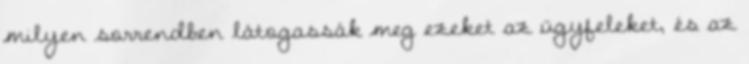
milyen sorrendben látogassák meg ezeket az ügyfeleket, és az